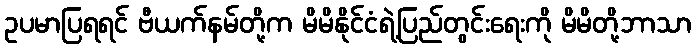
ဥပမာပြရရင် ဗီယက်နမ်တို့က မိမိနိုင်ငံရဲ့ပြည်တွင်းရေးကို မိမိတို့ဘာသာ